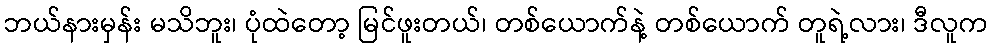
ဘယ်နားမှန်း မသိဘူး၊ ပုံထဲတော့ မြင်ဖူးတယ်၊ တစ်ယောက်နဲ့ တစ်ယောက် တူရဲ့လား၊ ဒီလူက